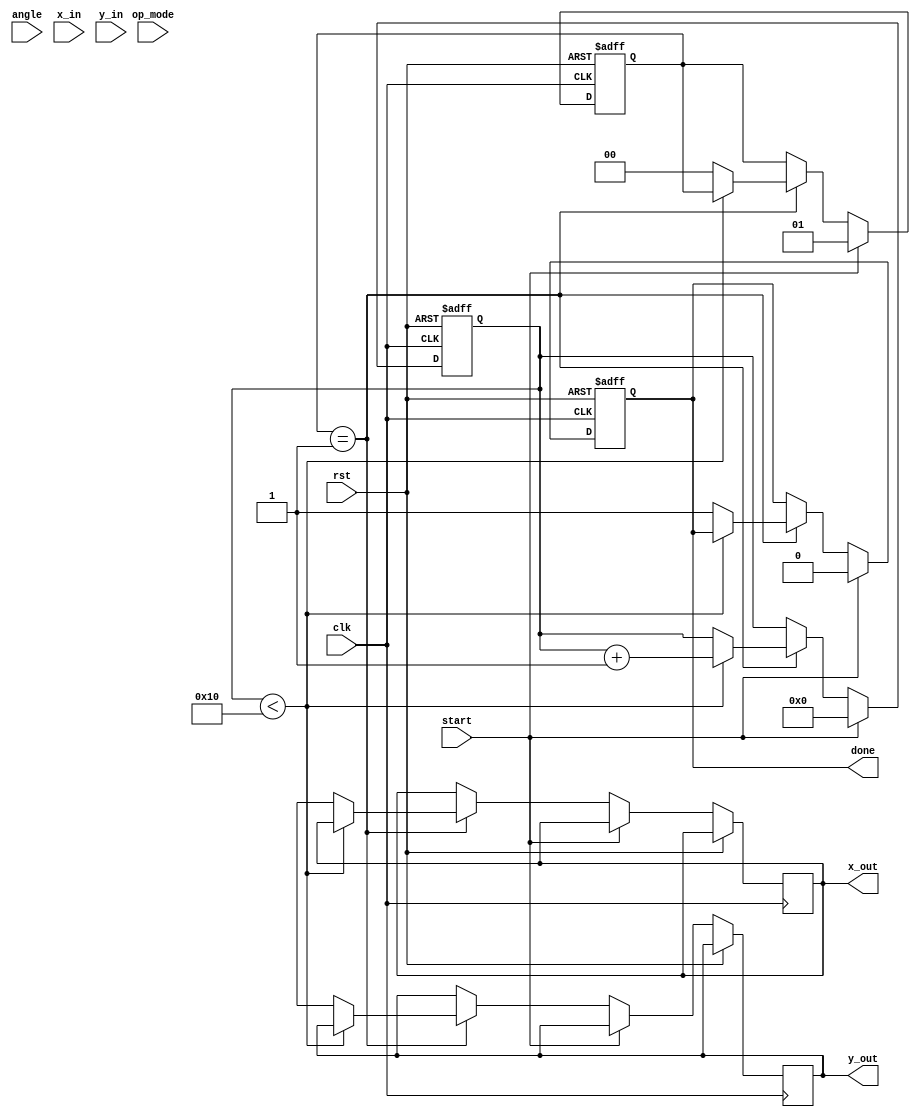
module unified_cordic (
    input wire clk,
    input wire rst,
    input wire start,
    input wire [15:0] angle, // Input angle (fixed-point)
    input wire [15:0] x_in,  // Input x value
    input wire [15:0] y_in,  // Input y value
    input wire [1:0] op_mode, // Operation mode: 00=rotation, 01=vectoring, 10=multiplication, 11=division
    output reg [15:0] x_out,  // Output x value
    output reg [15:0] y_out,  // Output y value
    output reg done // Operation done signal
);

    parameter NUM_ITERATIONS = 16; // Number of CORDIC iterations
    parameter [15:0] K = 16'hB1C7; // Scaling factor (fixed-point)

    reg [15:0] x [0:NUM_ITERATIONS-1];
    reg [15:0] y [0:NUM_ITERATIONS-1];
    reg [15:0] angle_table [0:NUM_ITERATIONS-1]; // Lookup table for arctan values
    reg [4:0] iteration_count;
    reg [15:0] current_angle;
    reg [1:0] state;

    // Initialize arctan values (fixed-point representation)
    initial begin
        angle_table[0] = 16'h3243; // atan(2^-0)
        angle_table[1] = 16'h1DAC; // atan(2^-1)
        angle_table[2] = 16'h0FAD; // atan(2^-2)
        angle_table[3] = 16'h07A1; // atan(2^-3)
        angle_table[4] = 16'h03C9; // atan(2^-4)
        angle_table[5] = 16'h01FB; // atan(2^-5)
        angle_table[6] = 16'h00FF; // atan(2^-6)
        angle_table[7] = 16'h007F; // atan(2^-7)
        angle_table[8] = 16'h003F; // atan(2^-8)
        angle_table[9] = 16'h001F; // atan(2^-9)
        angle_table[10] = 16'h000F; // atan(2^-10)
        angle_table[11] = 16'h0007; // atan(2^-11)
        angle_table[12] = 16'h0003; // atan(2^-12)
        angle_table[13] = 16'h0001; // atan(2^-13)
        angle_table[14] = 16'h0001; // atan(2^-14)
        angle_table[15] = 16'h0000; // atan(2^-15)
    end

    // State machine for CORDIC operation
    always @(posedge clk or posedge rst) begin
        if (rst) begin
            iteration_count <= 0;
            done <= 0;
            state <= 0;
        end else if (start) begin
            // Initialize inputs
            x[0] <= x_in;
            y[0] <= y_in;
            current_angle <= angle;
            iteration_count <= 0;
            done <= 0;
            state <= 1; // Start iterations
        end else if (state == 1) begin
            if (iteration_count < NUM_ITERATIONS) begin
                // Perform CORDIC rotation based on operation mode
                case (op_mode)
                    2'b00: begin // Rotation
                        if (current_angle >= 0) begin
                            x[iteration_count + 1] <= x[iteration_count] - (y[iteration_count] >> iteration_count);
                            y[iteration_count + 1] <= y[iteration_count] + (x[iteration_count] >> iteration_count);
                            current_angle <= current_angle - angle_table[iteration_count];
                        end else begin
                            x[iteration_count + 1] <= x[iteration_count] + (y[iteration_count] >> iteration_count);
                            y[iteration_count + 1] <= y[iteration_count] - (x[iteration_count] >> iteration_count);
                            current_angle <= current_angle + angle_table[iteration_count];
                        end
                    end
                    2'b01: begin // Vectoring
                        // Implement vectoring logic here
                    end
                    2'b10: begin // Multiplication
                        // Implement multiplication logic here
                    end
                    2'b11: begin // Division
                        // Implement division logic here
                    end
                endcase
                iteration_count <= iteration_count + 1;
            end else begin
                // Final output with scaling
                x_out <= x[NUM_ITERATIONS] * K; // Scale the output
                y_out <= y[NUM_ITERATIONS] * K; // Scale the output
                done <= 1; // Indicate operation is done
                state <= 0; // Reset state
            end
        end
    end
endmodule